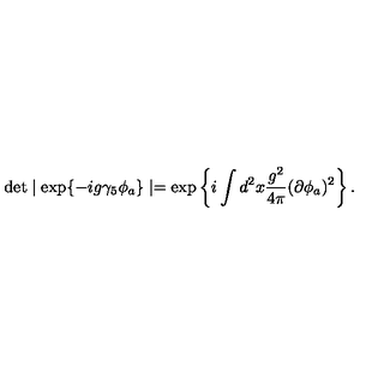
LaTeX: \det \mid \exp \{ - i g \gamma _ { 5 } \phi _ { a } \} \mid = \exp \left\{ i \int d ^ { 2 } x \frac { g ^ { 2 } } { 4 \pi } ( \partial \phi _ { a } ) ^ { 2 } \right\} .